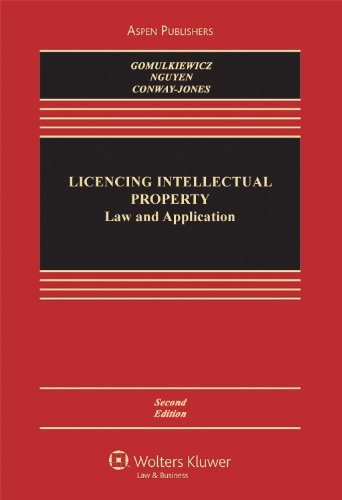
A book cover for Licensing Intellectual Property: Law & Application 2e (Aspen Casebooks); Robert W. Gomulkiewicz; Law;